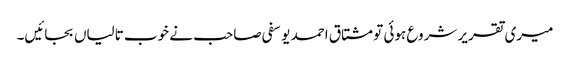
میری تقریر شروع ہوئی تو مشتاق احمد یوسفی صاحب نے خوب تالیاں بجائیں۔